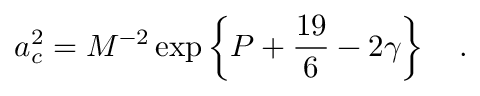
a _ { c } ^ { 2 } = M ^ { - 2 } \exp \left\{ P + { \frac { 1 9 } { 6 } } - 2 \gamma \right\} ~ ~ ~ .